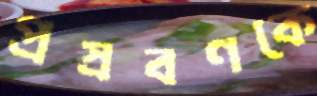
প্রস্রবণকে